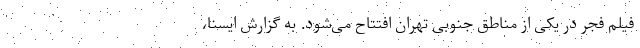
فیلم فجر در یکی از مناطق جنوبی تهران افتتاح می‌شود. به گزارش ایسنا،